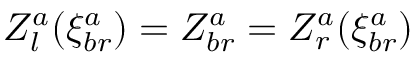
Z _ { l } ^ { a } ( \xi _ { b r } ^ { a } ) = Z _ { b r } ^ { a } = Z _ { r } ^ { a } ( \xi _ { b r } ^ { a } )